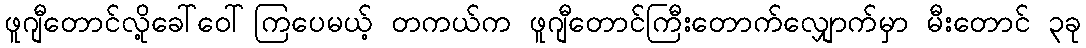
ဖူဂျီတောင်လို့ခေါ်ဝေါ်ကြပေမယ့် တကယ်က ဖူဂျီတောင်ကြီးတောက်လျှောက်မှာ မီးတောင် ၃ခု